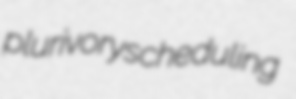
plurivory scheduling